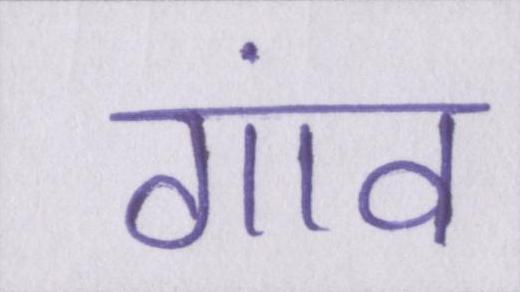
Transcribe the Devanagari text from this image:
गांव